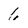
Character: 6